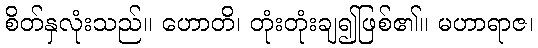
စိတ်နှလုံးသည်။ ဟောတိ၊ တုံးတုံးချ၍ဖြစ်၏။ မဟာရာဇ၊